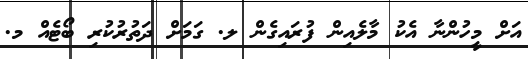
އަށް މީހުންނާ އެކު މާލެއިން ފުރައިގެން ލ. ގަމަށް ދަތުރުކުރި ބޯޓެއް މ.